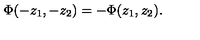
\Phi ( - z _ { 1 } , - z _ { 2 } ) = - \Phi ( z _ { 1 } , z _ { 2 } ) .